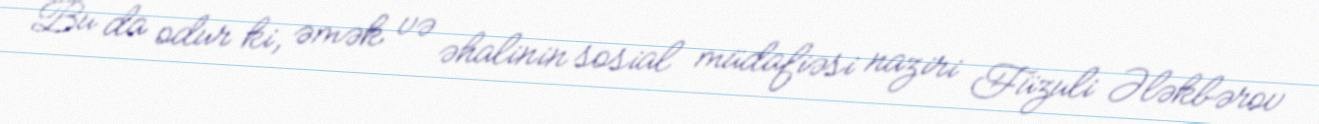
Bu da odur ki, əmək və əhalinin sosial müdafiəsi naziri Füzuli Ələkbərov